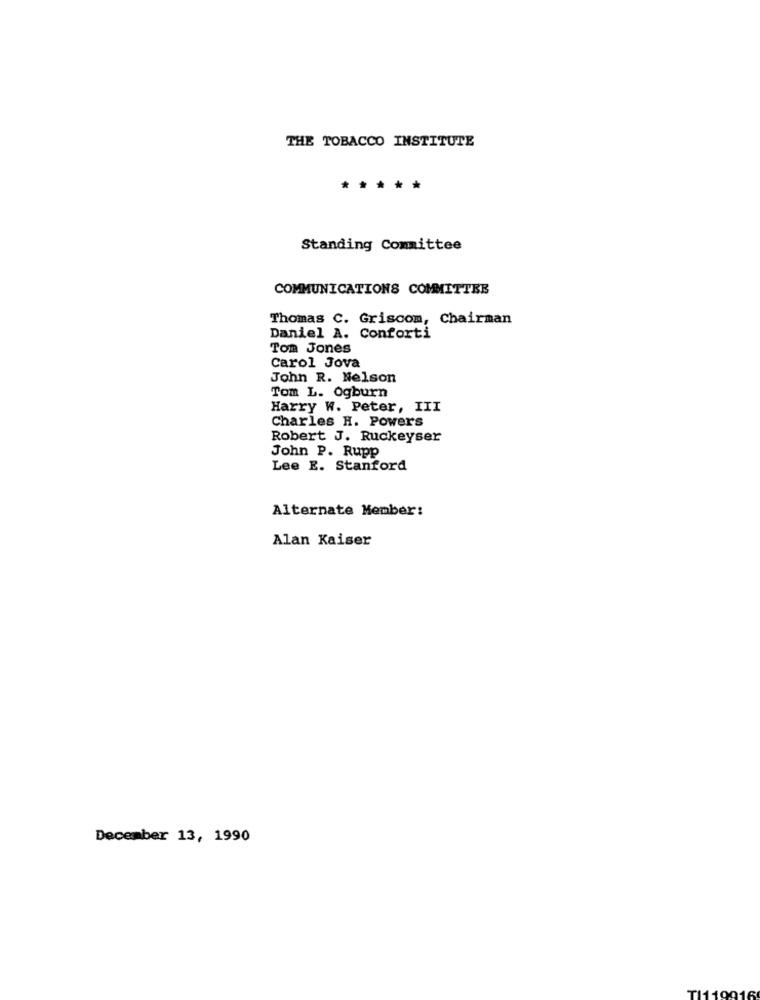
THE TOBACCO INSTITUTE
*
Standing Committee
COMMUNICATIONS COMMITTEE
Thomas C. Griscom, Chairman
Daniel A. Conforti
Tom Jones
Carol Jova
John R. Nelson
Tom L. Ogburn
Harry W. Peter, III
Charles H. Powers
Robert J. Ruckeyser
John P. Rupp
Lee E. Stanford
Alternate Member:
Alan Kaiser
December 13, 1990